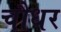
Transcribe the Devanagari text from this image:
चौधर